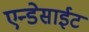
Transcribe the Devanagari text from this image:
एन्डेसाईट